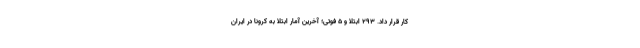
کار قرار داد. ۲۹۳ ابتلا و ۵ فوتی؛ آخرین آمار ابتلا به کرونا در ایران